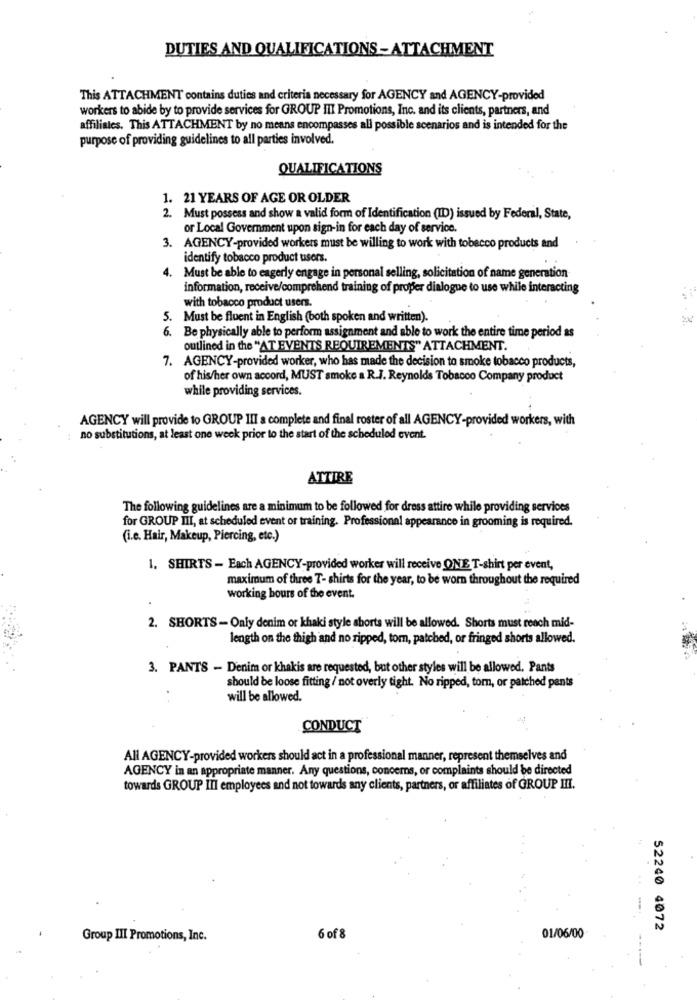
DUTIES AND QUALIFICATIONS -ATTACHMENT
This ATTACHMENT contains duties and criteria necessary for AGENCY and AGENCY-provided
workers to abide by to provide services for GROUP III Promotions, Inc. and its clients, partners, and
affiliates. This ATTACHMENT by no means encompasses all possible scenarios and is intended for the
purpose of providing guidelines to all parties involved.
QUALIFICATIONS
1. 21 YEARS OF AGE OR OLDER
2. Must possess and show a valid form of Identification (ID) issued by Federal, State,
or Local Government upon sign-in for each day of service.
3. AGENCY-provided workers must be willing to work with tobacco products and
identify tobacco product users.
Must be able to eagerly engage in personal selling, solicitation of name generation
information, receive/comprehend training of proper dialogue to use while interacting
with tobacco product users.
5. Must be fluent in English (both spoken and written).
6. Be physically able to perform assignment and able to work the entire time period as
outlined in the "AT EVENTS REQUIREMENTS" ATTACHMENT.
7. AGENCY-provided worker, who has made the decision to smoke tobacco products,
of his/her own accord, MUST smoke a R.J. Reynolds Tobacco Company product
while providing services.
AGENCY will provide to GROUP III a complete and final roster of all AGENCY-provided workers, with
no substitutions, at least one week prior to the start of the scheduled event.
ATTIRE
The following guidelines are a minimum to be followed for dress attire while providing services
for GROUP III, at scheduled event or training. Professional appearance in grooming is required.
(i.e. Hair, Makeup, Piercing, etc.)
1. SHIRTS - Each AGENCY-provided worker will receive ONE T-shirt per event,
maximum of three T- shirts for the year, to be worn throughout the required
working hours of the event.
2. SHORTS - Only denim or khaki style shorts will be allowed. Shorts must reach mid-
length on the thigh and no ripped, tom, patched, or fringed shorts allowed.
3. PANTS - Denim or khakis are requested, but other styles will be allowed. Pants
should be loose fitting / not overly tight. No ripped, tom, or patched pants
will be allowed.
CONDUCT
All AGENCY-provided workers should act in a professional manner, represent themselves and
AGENCY in an appropriate manner. Any questions, concerns, or complaints should be directed
towards GROUP III employees and not towards any clients, partners, or affiliates of GROUP III.
52240 4072
Group III Promotions, Inc.
6 of 8
01/06/00
--